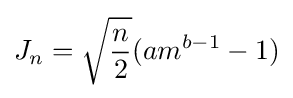
J_{n}={\sqrt {\frac {n}{2}}}(am^{b-1}-1)